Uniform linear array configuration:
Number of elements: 12
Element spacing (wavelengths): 0.5
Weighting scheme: hann
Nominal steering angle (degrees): -30
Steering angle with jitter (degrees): -30.262
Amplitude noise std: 0.05
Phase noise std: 0.05

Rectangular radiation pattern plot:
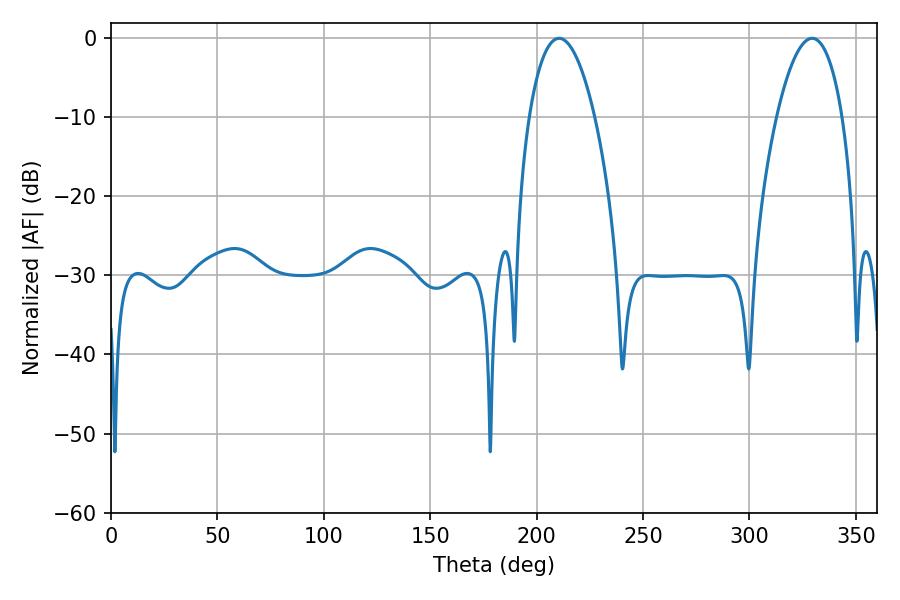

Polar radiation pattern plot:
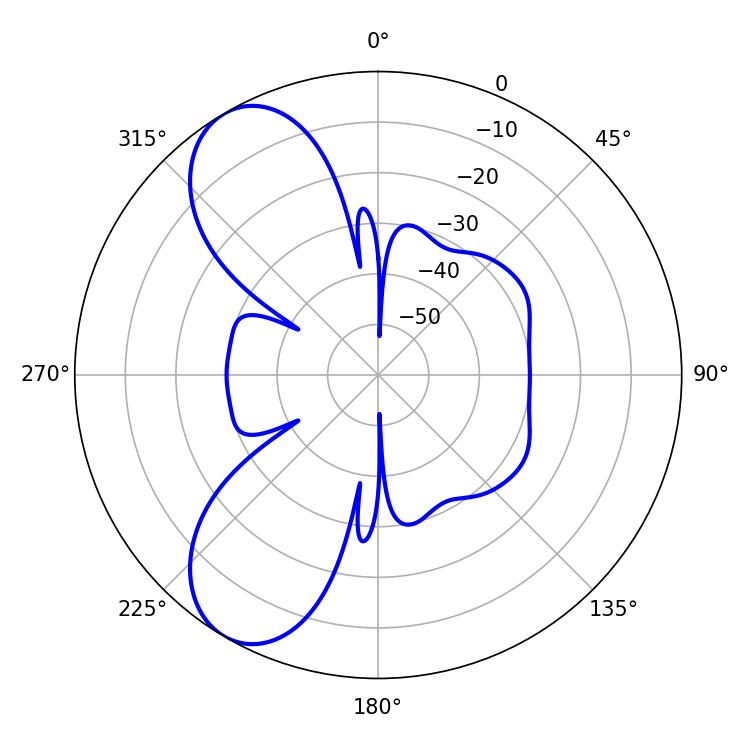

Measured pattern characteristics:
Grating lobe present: FALSE
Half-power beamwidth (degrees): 17.28
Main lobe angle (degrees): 210.6